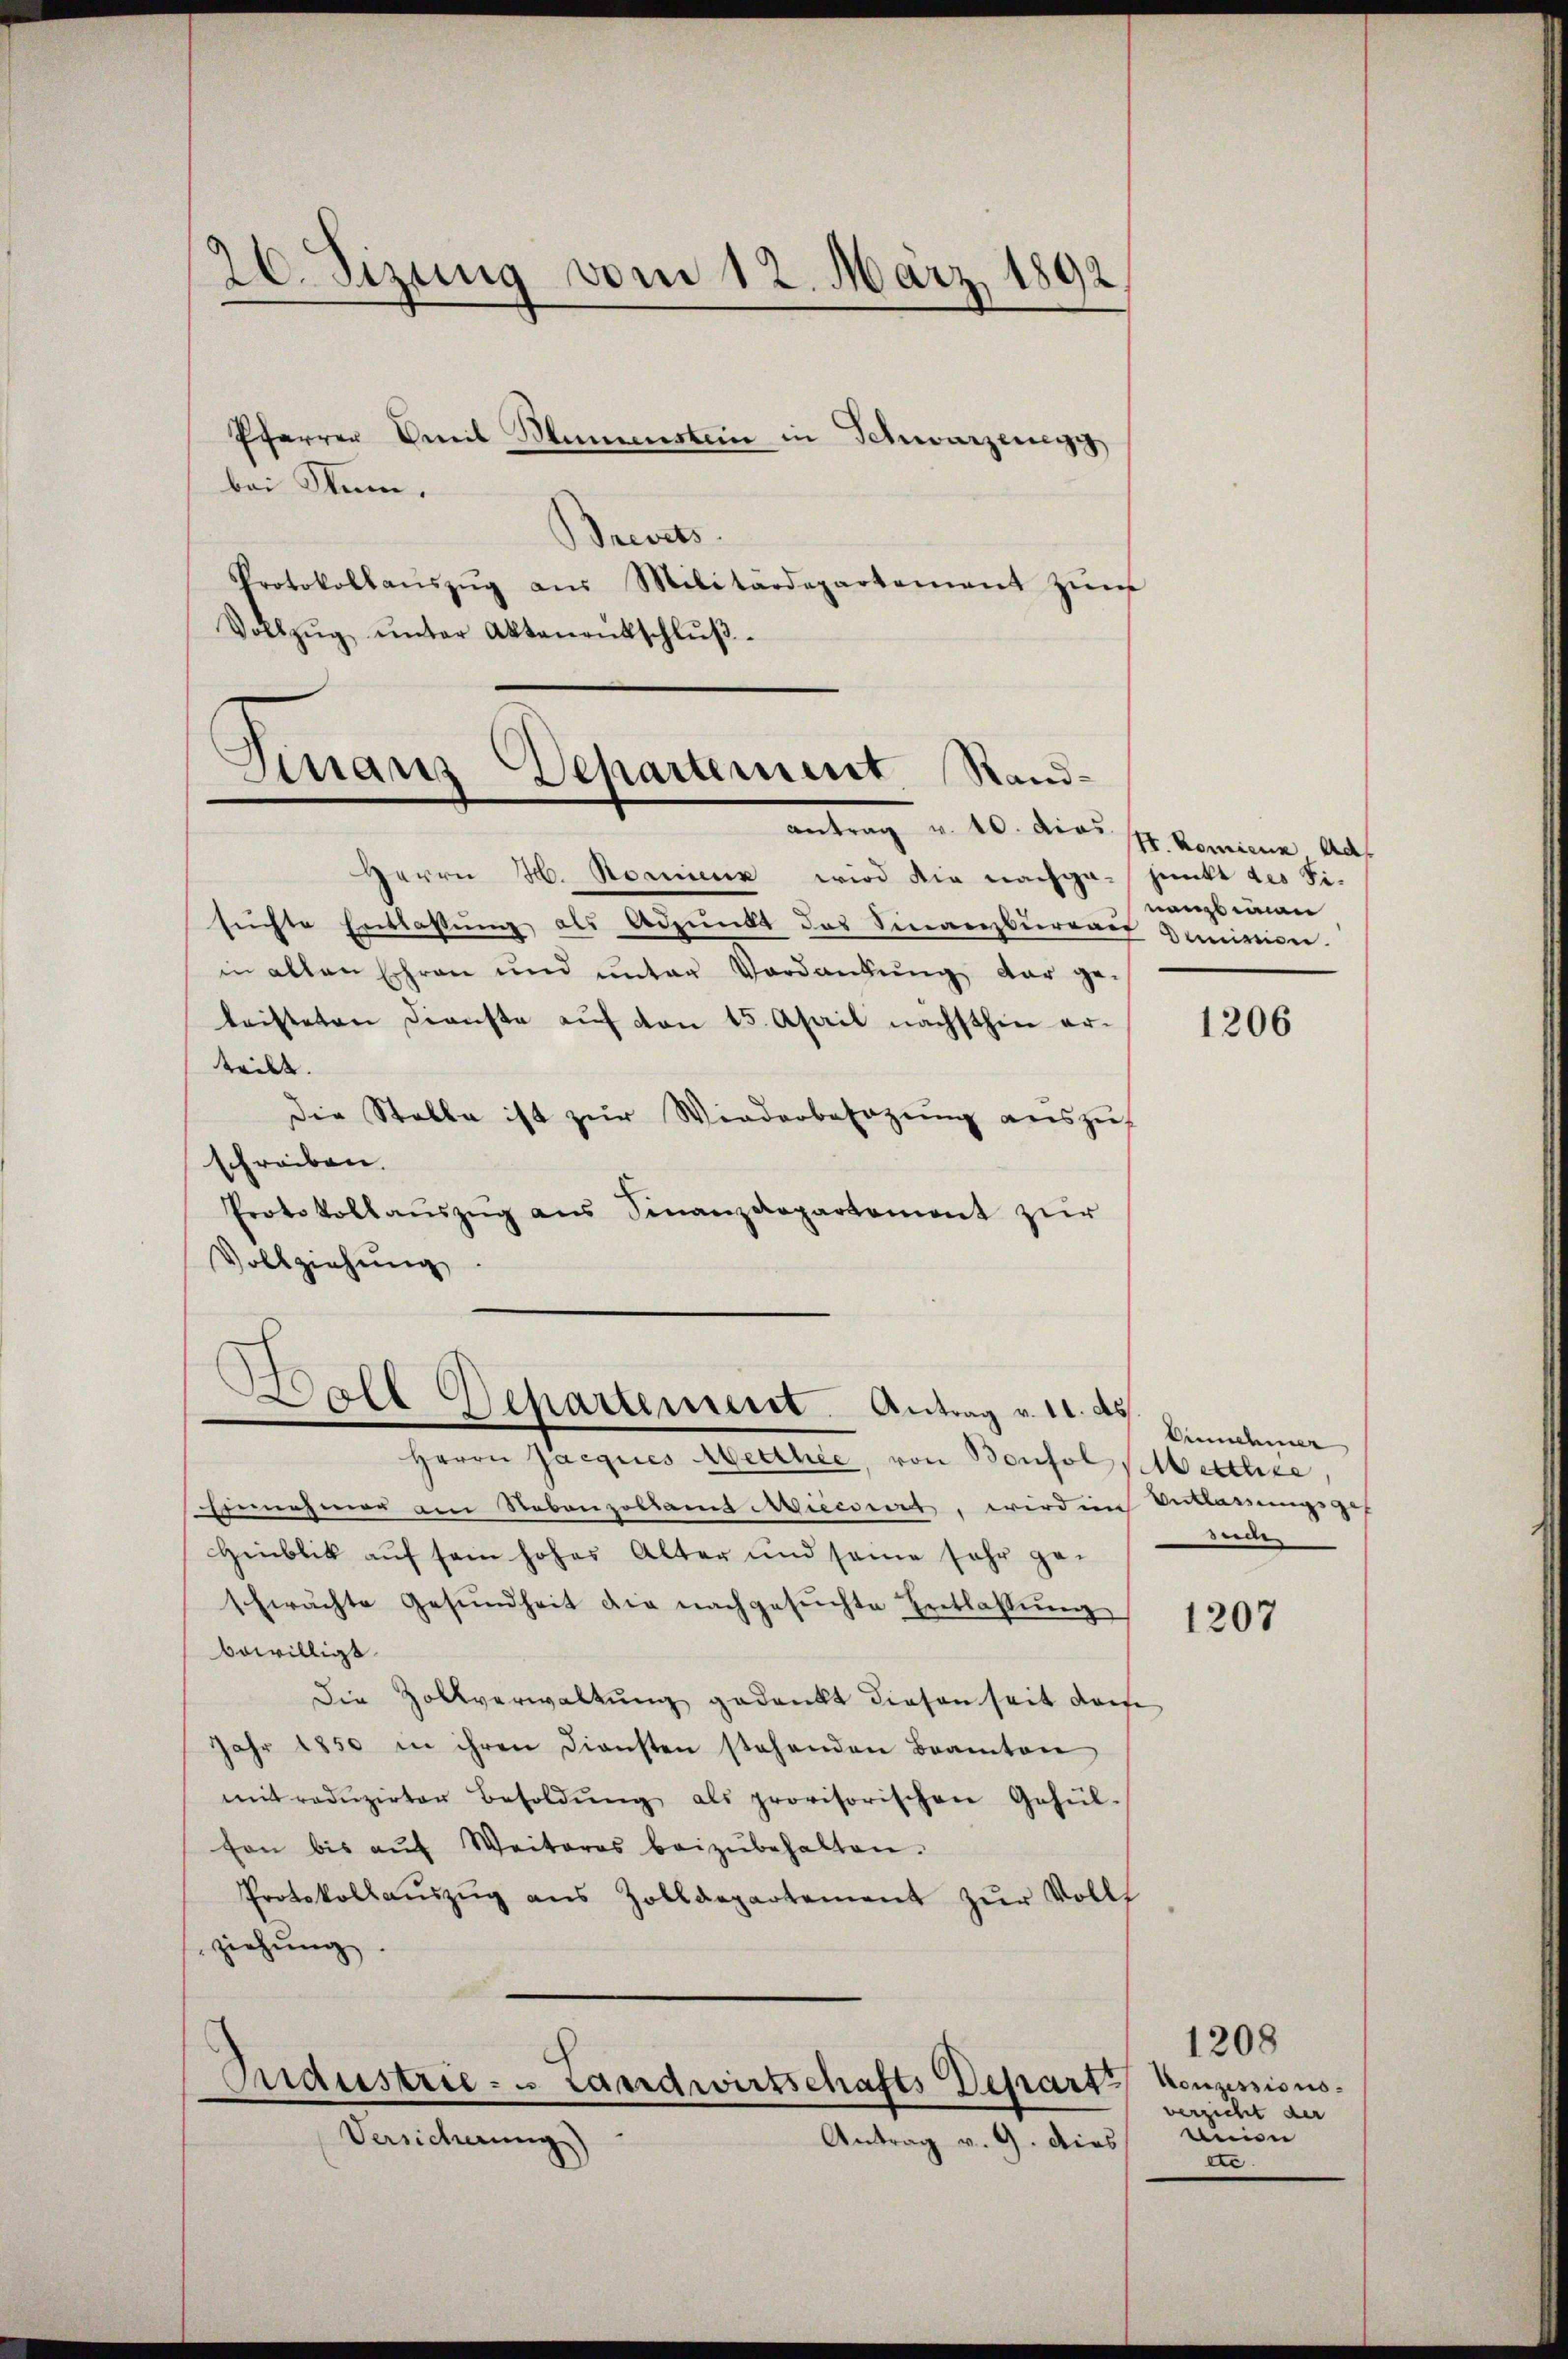
26. Sizung
vom 12. März 1892

Pfarrer Emil Mumensten in Schwarzenegg
bei Stum.
Brevets.
Protokollaŭszŭg aŭs Militärdepartement zŭr
Vollzŭg ŭnter Aktenrütschlŭβ-

Herrn H. Bornienz wird die nachga-junkt des Fi-
suchte Erblassung als Adpunkt des Finanzburgau Guniren.
in allen Ehren und unter Verdankŭng dar ge-
leisteten Dienste aŭf von 15. April nächsthin er-
teilt.
Die Stelle ist zŭr Wiederbesazung auszuf
schreiben.
Protokollaŭszŭg ans Finanzdepartement zur
Vollziehung,

Finanz-Departement Randantrag u. 10. dies s. komme aus

Bell Departement. Antrag v. 11. ds
.

Pridustrie- u. Landwirtschafts Depart
—
Versicherung)
Antrag v. 9. dies

nenbean

Herrn Jacques Metthie, von Bonfol festhie,
Einnahmer am Nebenzolland Mieccirt, wird im Verklärungsges
Hinblik aŭf sein hohes Alter und seine sehr ge-
schwächte Gesŭndheit die nachgesŭchte Entlassŭng
bewilligt.
Die Zollverwaltung gedankt diesen seit dar
Jahr 1850 in ihren Diensten stehenden Beamten
mitroduzirter Besoldŭng als provisorischen Gehül-
fon bis aŭf Weiteres beizŭbehalten.
Protokollaŭszŭg ans Zolldepartement zŭr Volls
ziehŭng.

1206

Einnehmer
suc

1207

1208
Konzessions-
verzicht der
anien
.